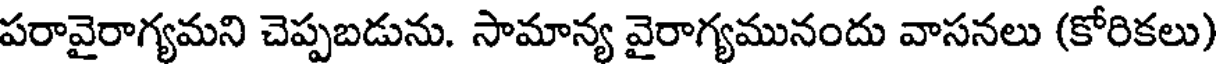
పరావైరాగ్యమని చెప్పబడును. సామాన్య వైరాగ్యమునందు వాసనలు (కోరికలు)